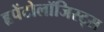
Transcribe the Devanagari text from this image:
हृपेंटोलॉजिस्ट्स